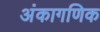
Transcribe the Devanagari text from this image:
अंकागणिक